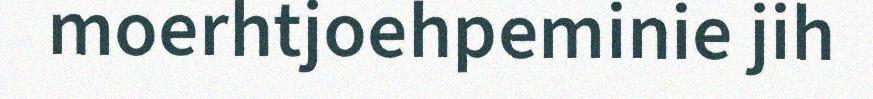
moerhtjoehpeminie jih